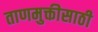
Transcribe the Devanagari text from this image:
ताणमुक्तीसाठी